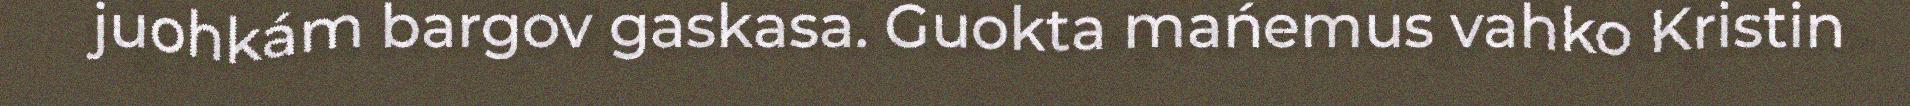
juohkám bargov gaskasa. Guokta mańemus vahko Kristin